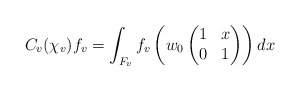
\begin{align*}C_v(\chi_v)f_v = \int_{F_v} f_v\left(w_0\begin{pmatrix} 1&x \\ 0&1 \end{pmatrix}\right) dx\end{align*}